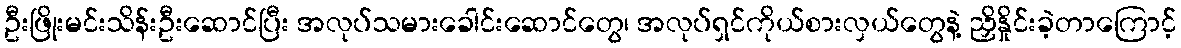
ဦးဖြိုးမင်းသိန်းဦးဆောင်ပြီး အလုပ်သမားခေါင်းဆောင်တွေ၊ အလုပ်ရှင်ကိုယ်စားလှယ်တွေနဲ့ ညှိနှိုင်းခဲ့တာကြောင့်